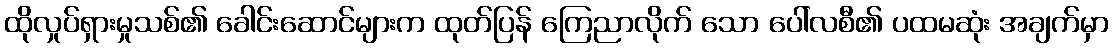
ထိုလှုပ်ရှားမှုသစ်၏ ခေါင်းဆောင်များက ထုတ်ပြန် ကြေညာလိုက် သော ပေါ်လစီ၏ ပထမဆုံး အချက်မှာ